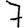
Digit: 7